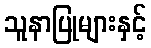
သူနာပြုများနှင့်